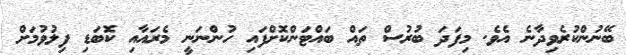
ބޭނުންކުރެވިދާނެ އެވެ. މިފަދަ ބުރުސް ތައް ބައްޓަންކޮށްފައި ހުންނަނީ މެރައާއި ކޮބަޑި ފިލުވުމަށް